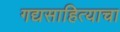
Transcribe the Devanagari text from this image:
गद्यसाहित्याचा